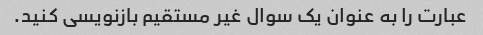
عبارت را به عنوان یک سوال غیر مستقیم بازنویسی کنید.